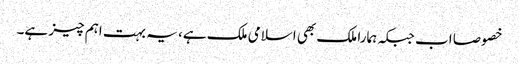
خصوصا اب جبکہ ہمارا ملک بھی اسلامی ملک ہے، یہ بہت اہم چیز ہے۔